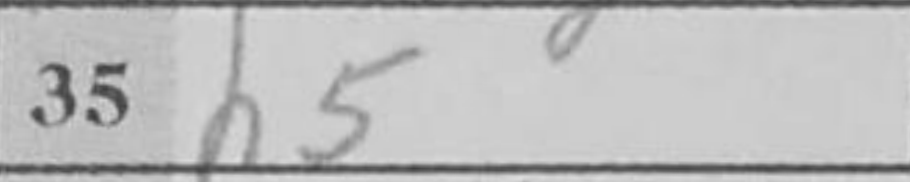
Transcription: h5